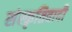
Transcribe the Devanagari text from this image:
संस्कृतिवादी